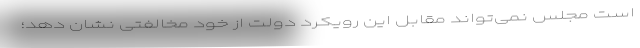
است مجلس نمی‌تواند مقابل این رویکرد دولت از خود مخالفتی نشان دهد؛